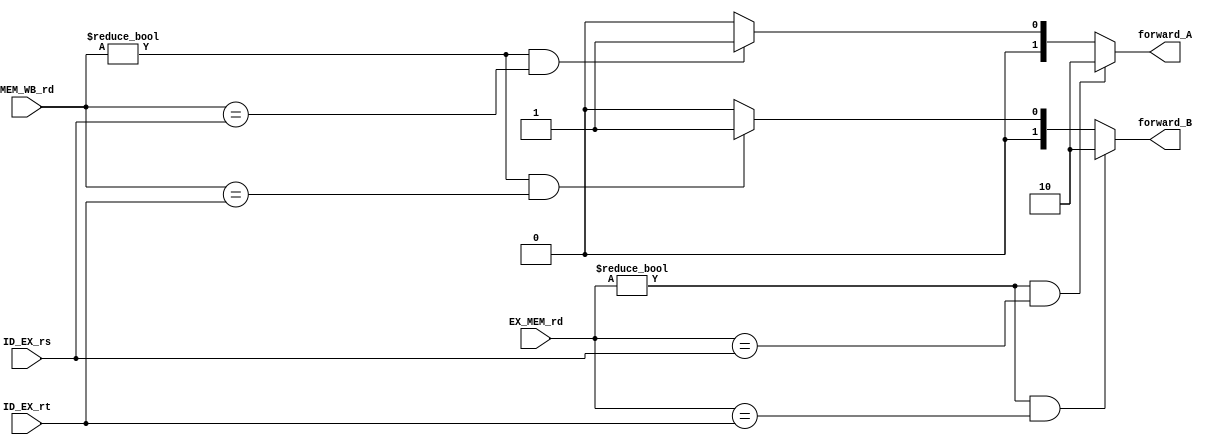
module ForwardingUnit (
    input [4:0] EX_MEM_rd,
    input [4:0] MEM_WB_rd,
    input [4:0] ID_EX_rs,
    input [4:0] ID_EX_rt,
    output reg [1:0] forward_A,
    output reg [1:0] forward_B
);



// Forwarding logic
always @* begin
    // Forward A
    if (EX_MEM_rd != 5'b00000 && EX_MEM_rd == ID_EX_rs) begin
        forward_A = 2'b10; // Forward from EX_MEM stage
    end else if (MEM_WB_rd != 5'b00000 && MEM_WB_rd == ID_EX_rs) begin
        forward_A = 2'b01; // Forward from MEM_WB stage
    end else begin
        forward_A = 2'b00; // No forwarding
    end
    
    // Forward B
    if (EX_MEM_rd != 5'b00000 && EX_MEM_rd == ID_EX_rt) begin
        forward_B = 2'b10; // Forward from EX_MEM stage
    end else if (MEM_WB_rd != 5'b00000 && MEM_WB_rd == ID_EX_rt) begin
        forward_B = 2'b01; // Forward from MEM_WB stage
    end else begin
        forward_B = 2'b00; // No forwarding
    end
end

endmodule